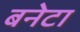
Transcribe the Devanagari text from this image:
बनेटा